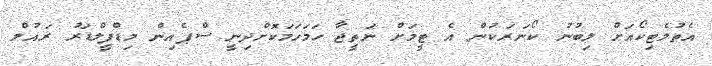
އެތުލެޓިކޯއަށް ލިބުނު ކޯނަރަކުން އެ ޓީމަށް ނަތީޖާ ހަމަހަމަކޮށްދިނީ ސްޕެއިން މިޑްފީލްޑަރު ރައުލް